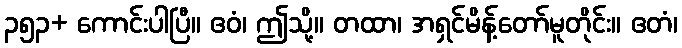
၃၅၃+ ကောင်းပါပြီ။ ဧဝံ၊ ဤသို့။ တထာ၊ အရှင်မိန့်တော်မူတိုင်း။ ဧတံ၊